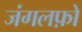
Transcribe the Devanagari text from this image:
जंगलफ़ो